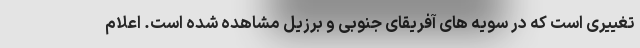
تغییری است که در سویه های آفریقای جنوبی و برزیل مشاهده شده است. اعلام